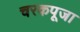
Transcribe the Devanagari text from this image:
चरकपूजा